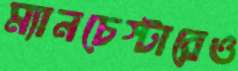
ম্যানচেস্টারেও